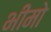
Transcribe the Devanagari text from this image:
भीमो